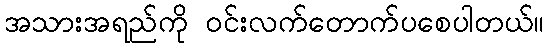
အသားအရည်ကို ဝင်းလက်တောက်ပစေပါတယ်။